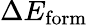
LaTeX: \Delta E_{\mathrm{form}}